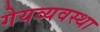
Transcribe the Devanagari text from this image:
गेयव्यवस्था